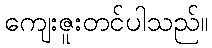
ကျေးဇူးတင်ပါသည်။